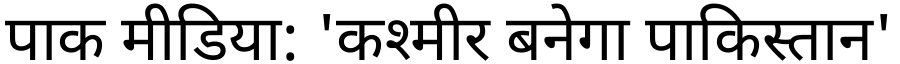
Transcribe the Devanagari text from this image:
पाक मीडिया: 'कश्मीर बनेगा पाकिस्तान'